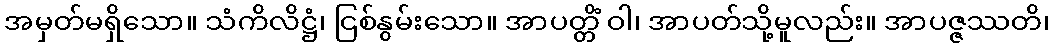
အမှတ်မရှိသော။ သံကိလိဋ္ဌံ၊ ငြစ်နွမ်းသော။ အာပတ္တိံ ဝါ၊ အာပတ်သို့မူလည်း။ အာပဇ္ဇဿတိ၊